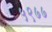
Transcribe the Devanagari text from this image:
५९७७